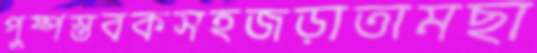
পুষ্পস্তবকসহজড়াতামছা